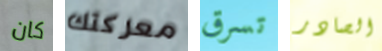
كان معركتك تسرق الصادر